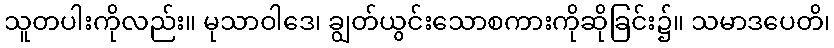
သူတပါးကိုလည်း။ မုသာဝါဒေ၊ ချွတ်ယွင်းသောစကားကိုဆိုခြင်း၌။ သမာဒပေတိ၊